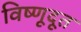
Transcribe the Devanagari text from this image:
विष्णूदूत